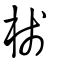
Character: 棧